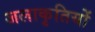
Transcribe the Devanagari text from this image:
जलाकृतियों